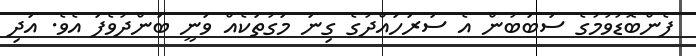
ފެންބޮޑުވުމުގެ ސަބަބުން އެ ސަރަހައްދުގެ ގިނަ މަގުތަކެއް ވަނީ ބަންދުވެފަ އެވެ. އަދި